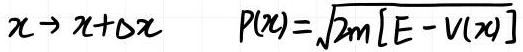
$x \rightarrow x+\Delta x \quad P(x)=\sqrt{2m[E - V(x)]}$